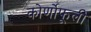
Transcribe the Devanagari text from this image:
कोर्णोफूली